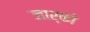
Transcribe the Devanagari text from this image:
जार्को